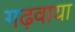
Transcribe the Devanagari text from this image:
गढ़वाया